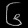
Digit: ၆